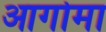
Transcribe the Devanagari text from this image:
आगोमा